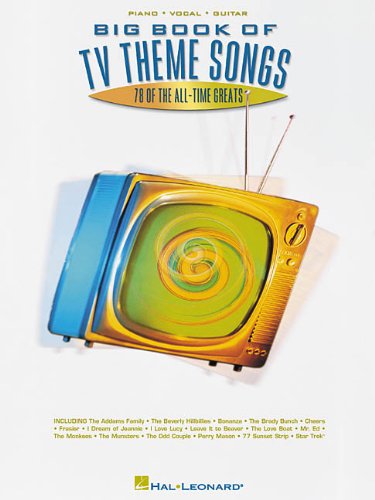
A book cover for Big Book Of Tv Theme Songs; Humor & Entertainment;